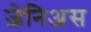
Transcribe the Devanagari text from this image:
ज़ेनिअस